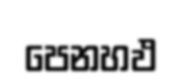
පෙනහඵ